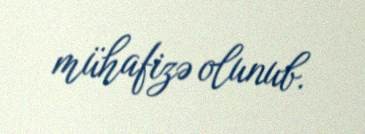
mühafizə olunub.